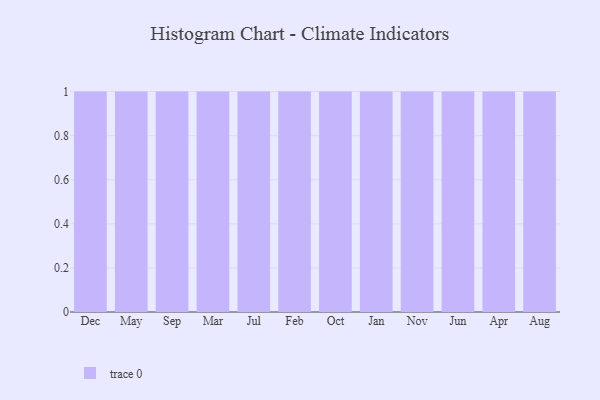
{"axis": {"x": "Month", "y": "Revenue (USD Million)"}, "legend": [""], "data": [{"x": "Dec", "y": 29, "type": ""}, {"x": "May", "y": 5, "type": ""}, {"x": "Sep", "y": 92, "type": ""}, {"x": "Mar", "y": 31, "type": ""}, {"x": "Jul", "y": 77, "type": ""}, {"x": "Feb", "y": 54, "type": ""}, {"x": "Oct", "y": 72, "type": ""}, {"x": "Jan", "y": 76, "type": ""}, {"x": "Nov", "y": 45, "type": ""}, {"x": "Jun", "y": 61, "type": ""}, {"x": "Apr", "y": 95, "type": ""}, {"x": "Aug", "y": 79, "type": ""}]}